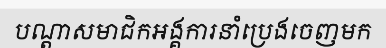
បណ្តាសមាជិកអង្គការនាំប្រេងចេញមក